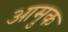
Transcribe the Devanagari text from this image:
आमुक